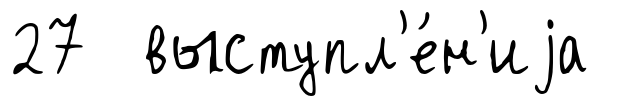
27 выступл'е́н'иjа